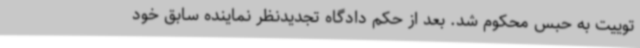
توییت به حبس محکوم شد. بعد از حکم دادگاه تجدیدنظر نماینده سابق خود